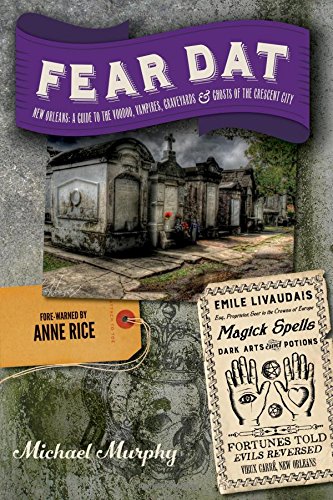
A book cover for Fear Dat New Orleans: A Guide to the Voodoo, Vampires, Graveyards & Ghosts of the Crescent City; Michael Murphy; Religion & Spirituality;